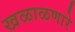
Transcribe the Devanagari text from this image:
खळाळणारे